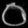
Digit: ၀